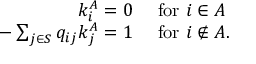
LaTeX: \begin{array} { r l } { k _ { i } ^ { A } = 0 } & { { } { \mathrm { ~ f o r ~ } } i \in A } \\ { - \sum _ { j \in S } q _ { i j } k _ { j } ^ { A } = 1 } & { { } { \mathrm { ~ f o r ~ } } i \notin A . } \end{array}